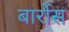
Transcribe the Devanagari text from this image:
बार्रोस